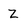
Character: Z